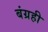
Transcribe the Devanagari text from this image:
बंग्रही